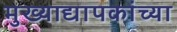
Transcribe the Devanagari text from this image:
मुख्‍याद्यापकांच्‍या